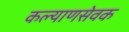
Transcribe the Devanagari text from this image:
कल्याणसेवक